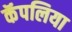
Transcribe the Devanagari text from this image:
कॅपलिया